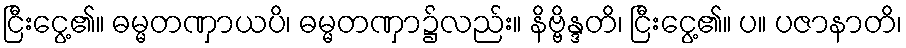
ငြီးငွေ့၏။ ဓမ္မတဏှာယပိ၊ ဓမ္မတဏှာ၌လည်း။ နိဗ္ဗိန္ဒတိ၊ ငြီးငွေ့၏။ ပ။ ပဇာနာတိ၊